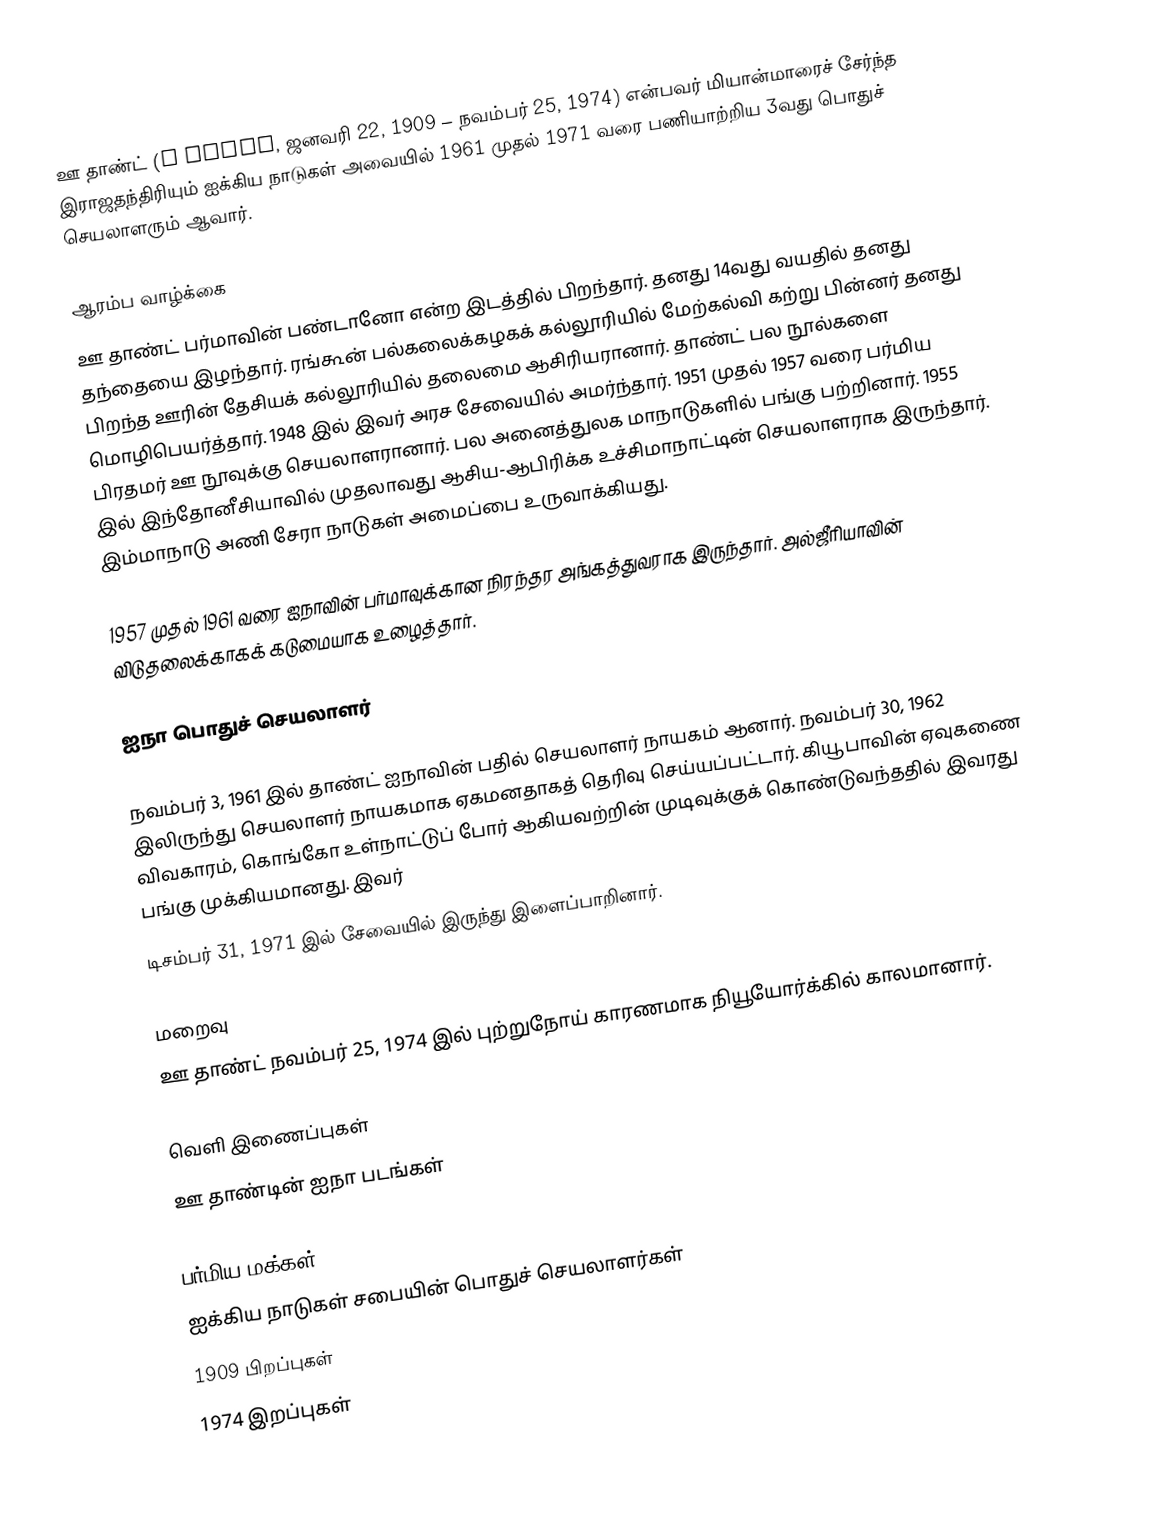
ஊ தாண்ட் (U Thant, ஜனவரி 22, 1909 – நவம்பர் 25, 1974) என்பவர் மியான்மாரைச் சேர்ந்த இராஜதந்திரியும் ஐக்கிய நாடுகள் அவையில் 1961 முதல் 1971 வரை பணியாற்றிய 3வது பொதுச் செயலாளரும் ஆவார்.

ஆரம்ப வாழ்க்கை
ஊ தாண்ட் பர்மாவின் பண்டானோ என்ற இடத்தில் பிறந்தார். தனது 14வது வயதில் தனது தந்தையை இழந்தார். ரங்கூன் பல்கலைக்கழகக் கல்லூரியில் மேற்கல்வி கற்று பின்னர் தனது பிறந்த ஊரின் தேசியக் கல்லூரியில் தலைமை ஆசிரியரானார். தாண்ட் பல நூல்களை மொழிபெயர்த்தார். 1948 இல் இவர் அரச சேவையில் அமர்ந்தார். 1951 முதல் 1957 வரை பர்மிய பிரதமர் ஊ நூவுக்கு செயலாளரானார். பல அனைத்துலக மாநாடுகளில் பங்கு பற்றினார். 1955 இல் இந்தோனீசியாவில் முதலாவது ஆசிய-ஆபிரிக்க உச்சிமாநாட்டின் செயலாளராக இருந்தார். இம்மாநாடு அணி சேரா நாடுகள் அமைப்பை உருவாக்கியது.

1957 முதல் 1961 வரை ஐநாவின் பர்மாவுக்கான நிரந்தர அங்கத்துவராக இருந்தார். அல்ஜீரியாவின் விடுதலைக்காகக் கடுமையாக உழைத்தார்.

ஐநா பொதுச் செயலாளர்

நவம்பர் 3, 1961 இல் தாண்ட் ஐநாவின் பதில் செயலாளர் நாயகம் ஆனார். நவம்பர் 30, 1962 இலிருந்து செயலாளர் நாயகமாக ஏகமனதாகத் தெரிவு செய்யப்பட்டார். கியூபாவின் ஏவுகணை விவகாரம், கொங்கோ உள்நாட்டுப் போர் ஆகியவற்றின் முடிவுக்குக் கொண்டுவந்ததில் இவரது பங்கு முக்கியமானது. இவர்
டிசம்பர் 31, 1971 இல் சேவையில் இருந்து இளைப்பாறினார்.

மறைவு
ஊ தாண்ட் நவம்பர் 25, 1974 இல் புற்றுநோய் காரணமாக நியூயோர்க்கில் காலமானார்.

வெளி இணைப்புகள்
 ஊ தாண்டின் ஐநா படங்கள்

பர்மிய மக்கள்
ஐக்கிய நாடுகள் சபையின் பொதுச் செயலாளர்கள்
1909 பிறப்புகள்
1974 இறப்புகள்